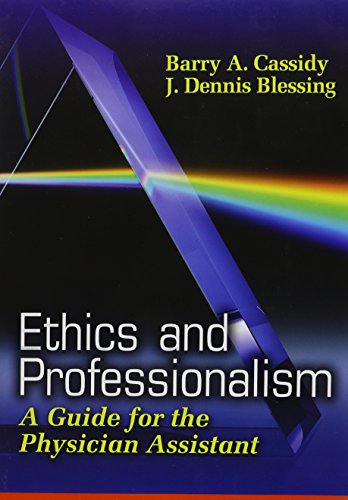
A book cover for Ethics and Professionalism: A Guide for the Physician Assistant; Barry Cassidy Ph.D  PA-C; Medical Books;